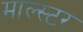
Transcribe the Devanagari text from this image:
माल्स्टर